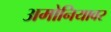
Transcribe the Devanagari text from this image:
अमोनियावर